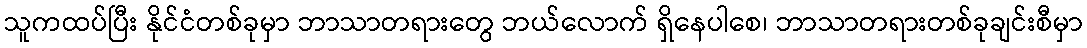
သူကထပ်ပြီး နိုင်ငံတစ်ခုမှာ ဘာသာတရားတွေ ဘယ်လောက် ရှိနေပါစေ၊ ဘာသာတရားတစ်ခုချင်းစီမှာ